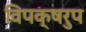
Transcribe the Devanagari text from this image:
विपक्षरुप